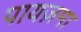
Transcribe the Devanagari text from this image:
पायज़मा